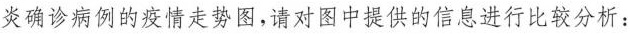
炎确诊病例的疫情走势图，请对图中提供的信息进行比较分析：